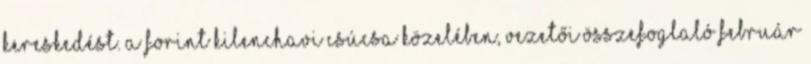
kereskedést. A forint kilenchavi csúcsa közelében, Vezetői összefoglaló február